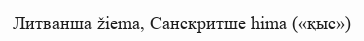
Литванша žiema, Санскритше hima («қыс»)